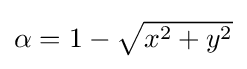
{\textstyle \alpha =1-{\sqrt {x^{2}+y^{2}}}}